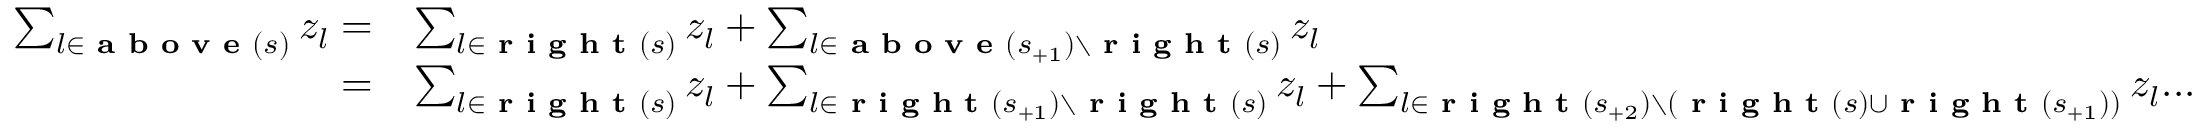
\begin{array} { r l } { \sum _ { l \in \textbf { a b o v e } ( s ) } z _ { l } = } & { \sum _ { l \in \textbf { r i g h t } ( s ) } z _ { l } + \sum _ { l \in \textbf { a b o v e } ( s _ { + 1 } ) \setminus \textbf { r i g h t } ( s ) } z _ { l } } \\ { = } & { \sum _ { l \in \textbf { r i g h t } ( s ) } z _ { l } + \sum _ { l \in \textbf { r i g h t } ( s _ { + 1 } ) \setminus \textbf { r i g h t } ( s ) } z _ { l } + \sum _ { l \in \textbf { r i g h t } ( s _ { + 2 } ) \setminus ( \textbf { r i g h t } ( s ) \cup \textbf { r i g h t } ( s _ { + 1 } ) ) } z _ { l } . . . } \end{array}